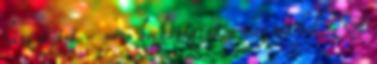
házi tojást - nem kockáztatnám meg máshol. . A